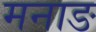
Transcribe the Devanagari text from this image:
मनाङ